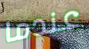
عندما